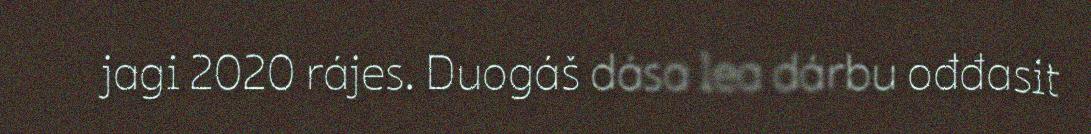
jagi 2020 rájes. Duogáš dása lea dárbu ođđasit